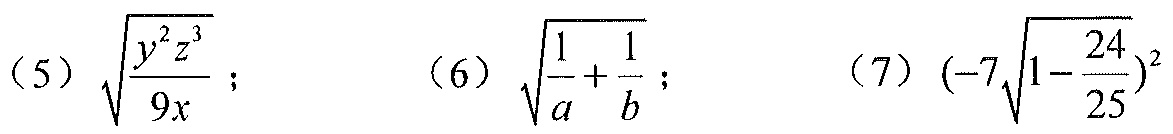
(5) \(\sqrt{\frac{y^{2}z^{3}}{9x}}\); (6) \(\sqrt{\frac{1}{a}+\frac{1}{b}}\); (7) \((-7\sqrt{1 - \frac{24}{25}})^2\)